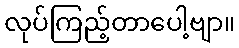
လုပ်ကြည့်တာပေါ့ဗျာ။